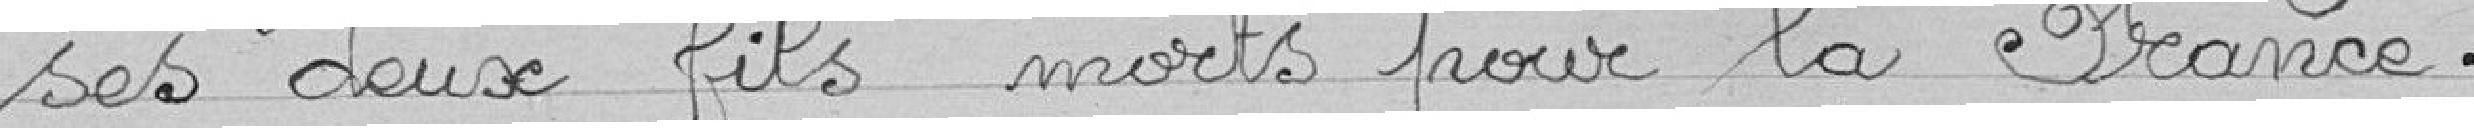
ses deux fils morts pour la France.